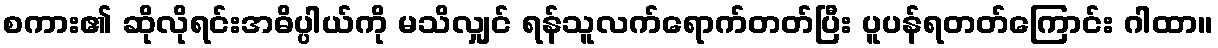
စကား၏ ဆိုလိုရင်းအဓိပ္ပါယ်ကို မသိလျှင် ရန်သူလက်ရောက်တတ်ပြီး ပူပန်ရတတ်ကြောင်း ဂါထာ။